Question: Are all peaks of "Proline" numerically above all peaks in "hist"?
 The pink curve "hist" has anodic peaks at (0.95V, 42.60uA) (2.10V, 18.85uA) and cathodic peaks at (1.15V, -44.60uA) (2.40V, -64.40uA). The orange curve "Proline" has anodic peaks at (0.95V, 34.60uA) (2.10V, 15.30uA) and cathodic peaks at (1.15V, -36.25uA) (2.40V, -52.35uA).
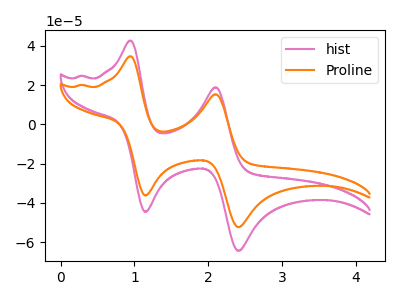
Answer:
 <answer>Every peak in "Proline" is lower than every peak in "hist".</answer>
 <eval>lower</eval>